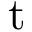
\mathrm { t }